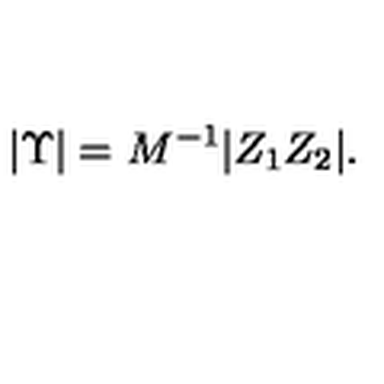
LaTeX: | \Upsilon | = M ^ { - 1 } | Z _ { 1 } Z _ { 2 } | .